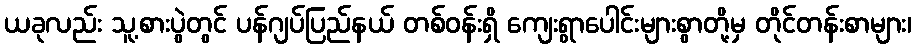
ယခုလည်း သူ့စားပွဲတွင် ပန်ဂျပ်ပြည်နယ် တစ်ဝန်းရှိ ကျေးရွာပေါင်းများစွာတို့မှ တိုင်တန်းစာများ၊